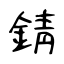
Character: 錆